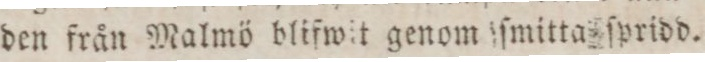
den från Malmö blifwit genom ſmitta ſpridd.